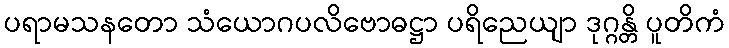
ပရာမသနတော သံယောဂပလိဗောဓဋ္ဌာ ပရိညေယျာ ဒုဂ္ဂန္တိ ပူတိကံ